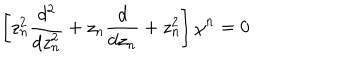
\left[ z _ { n } ^ { 2 } \frac { d ^ { 2 } } { d z _ { n } ^ { 2 } } + z _ { n } \frac { d } { d z _ { n } } + z _ { n } ^ { 2 } \right] \chi ^ { n } = 0